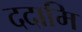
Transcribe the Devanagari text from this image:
ददामि